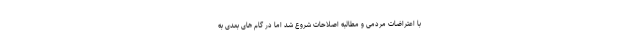
با اعتراضات مردمی و مطالبه اصلاحات شروع شد اما در گام های بعدی به